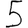
Digit: 5